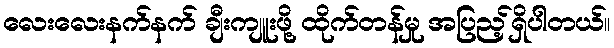
လေးလေးနက်နက် ချီးကျူးဖို့ ထိုက်တန်မှု အပြည့်ရှိပါတယ်။